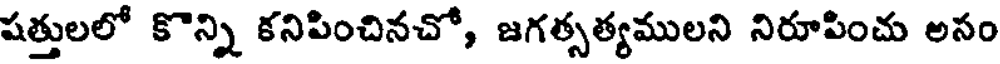
షత్తులలో కొన్ని కనిపించినచో, జగత్సత్యములని నిరూపించు అనం